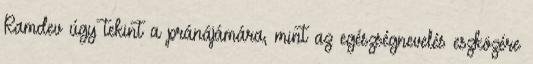
Ramdev úgy tekint a pránájámára, mint az egészségnevelés eszközére